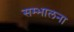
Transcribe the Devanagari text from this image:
सम्भालना